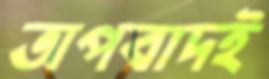
অপবাদই